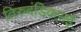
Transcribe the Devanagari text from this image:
तिरुदंडिकराई